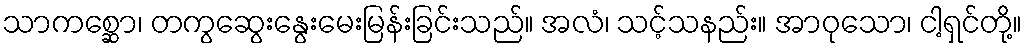
သာကစ္ဆော၊ တကွဆွေးနွေးမေးမြန်းခြင်းသည်။ အလံ၊ သင့်သနည်း။ အာဝုသော၊ ငါ့ရှင်တို့။